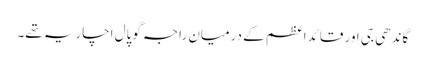
گاندھی جی اور قائداعظم کے درمیان راجہ گوپال اچاریہ تھے۔